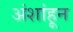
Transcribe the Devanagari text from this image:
अंशांहून